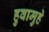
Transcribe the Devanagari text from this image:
हुवामुहे